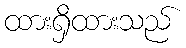
ထားရှိထားသည်